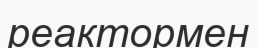
реактормен